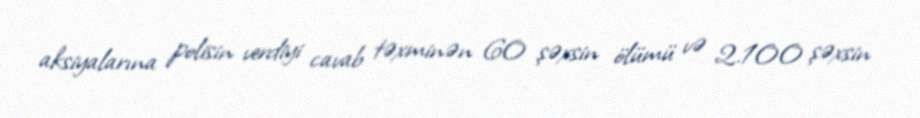
aksiyalarına polisin verdiyi cavab təxminən 60 şəxsin ölümü və 2.100 şəxsin